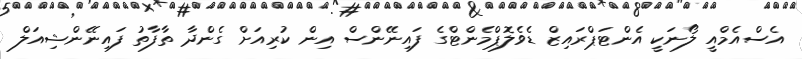
އެސްއެމްއީ ލޯނަކީ އެންޓަޕްރައިޒް ޑެވެލޮޕްމެންޓްގެ ފައިނޭންސް އިން ކުރިއަށް ގެންދާ ތާފާތު ފައިނޭންޝިއަލް